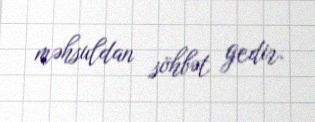
məhsuldan söhbət gedir.